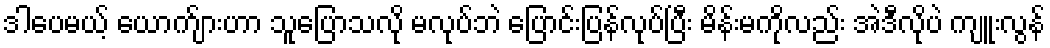
ဒါပေမယ့် ယောက်ျားဟာ သူပြောသလို မလုပ်ဘဲ ပြောင်းပြန်လုပ်ပြီး မိန်းမကိုလည်း အဲဒီလိုပဲ ကျူးလွန်